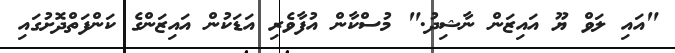
"އައި ލަވް ޔޫ އައިޒަން ނާޝިދު." މުސްކާން އުފާވެރި އަޑަކުން އައިޒަންގެ ކަންފަތްދޮށުގައި